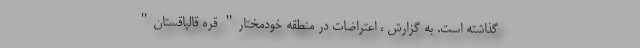
گذاشته است. به گزارش ، اعتراضات در منطقه خودمختار" قره قالپاقستان"